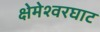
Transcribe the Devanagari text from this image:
क्षेमेश्वरघाट